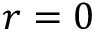
r = 0